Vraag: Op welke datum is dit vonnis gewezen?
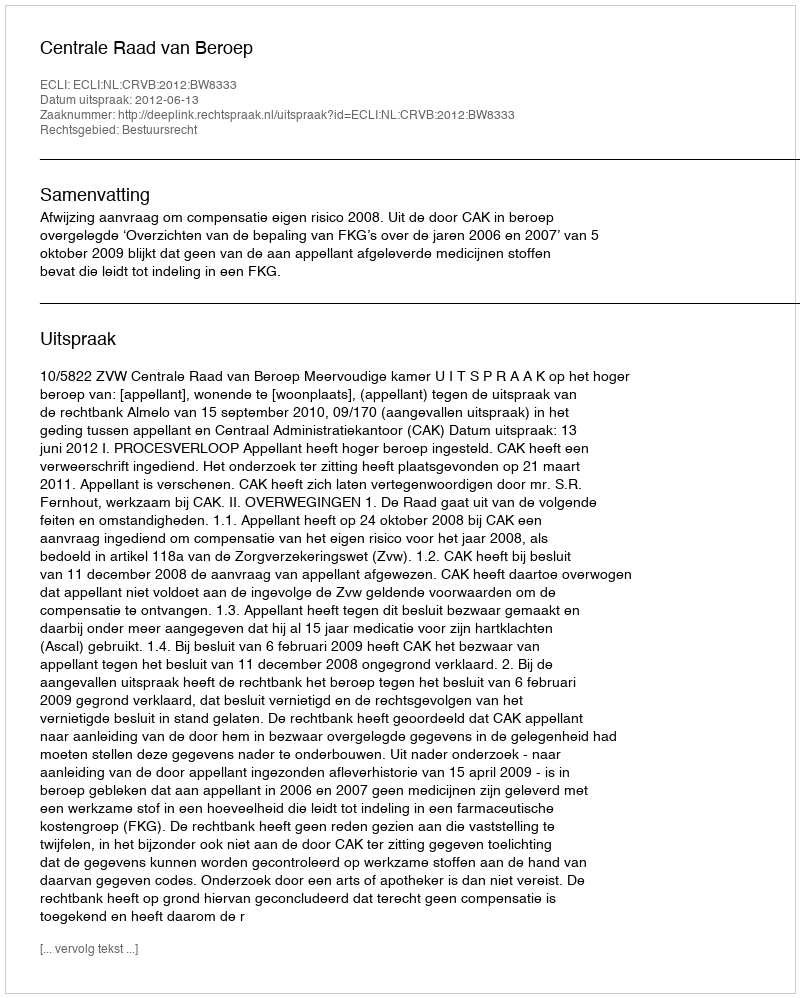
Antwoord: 2012-06-13